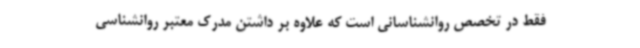
فقط در تخصص روانشناسانی است که علاوه بر داشتن مدرک معتبر روانشناسی